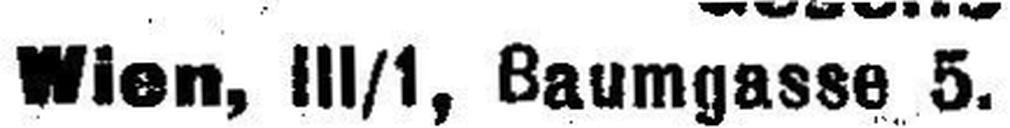
Wien, III/1, Baumgasse 5.